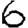
Digit: 6